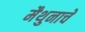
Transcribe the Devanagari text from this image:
मैथुनाचे